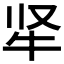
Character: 𬌛